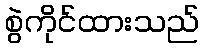
စွဲကိုင်ထားသည်